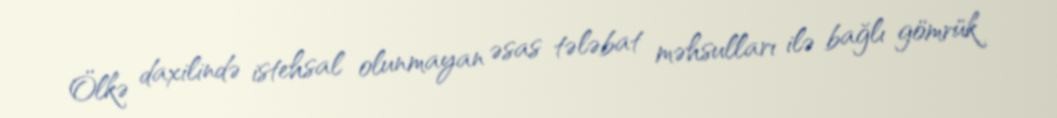
Ölkə daxilində istehsal olunmayan əsas tələbat məhsulları ilə bağlı gömrük